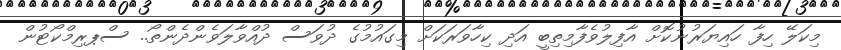
މިކަލޭ ހިފާ ހައިޔަރުނުކޮށް އާފިލުވެފާމިތިބީ އަދި ކިހާވަރަކަށް މިގައުމުގެ ދުވަސް ދުއްވާލަވެންދެންތޯ.. ސްޕރިމްކޯޓުން